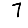
Digit: 7